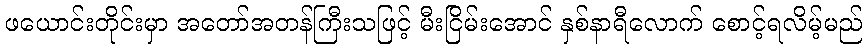
ဖယောင်းတိုင်းမှာ အတော်အတန်ကြီးသဖြင့် မီးငြိမ်းအောင် နှစ်နာရီလောက် စောင့်ရလိမ့်မည်